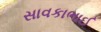
સાવકાભાઈ